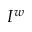
I ^ { w }